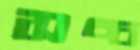
সচ্চ